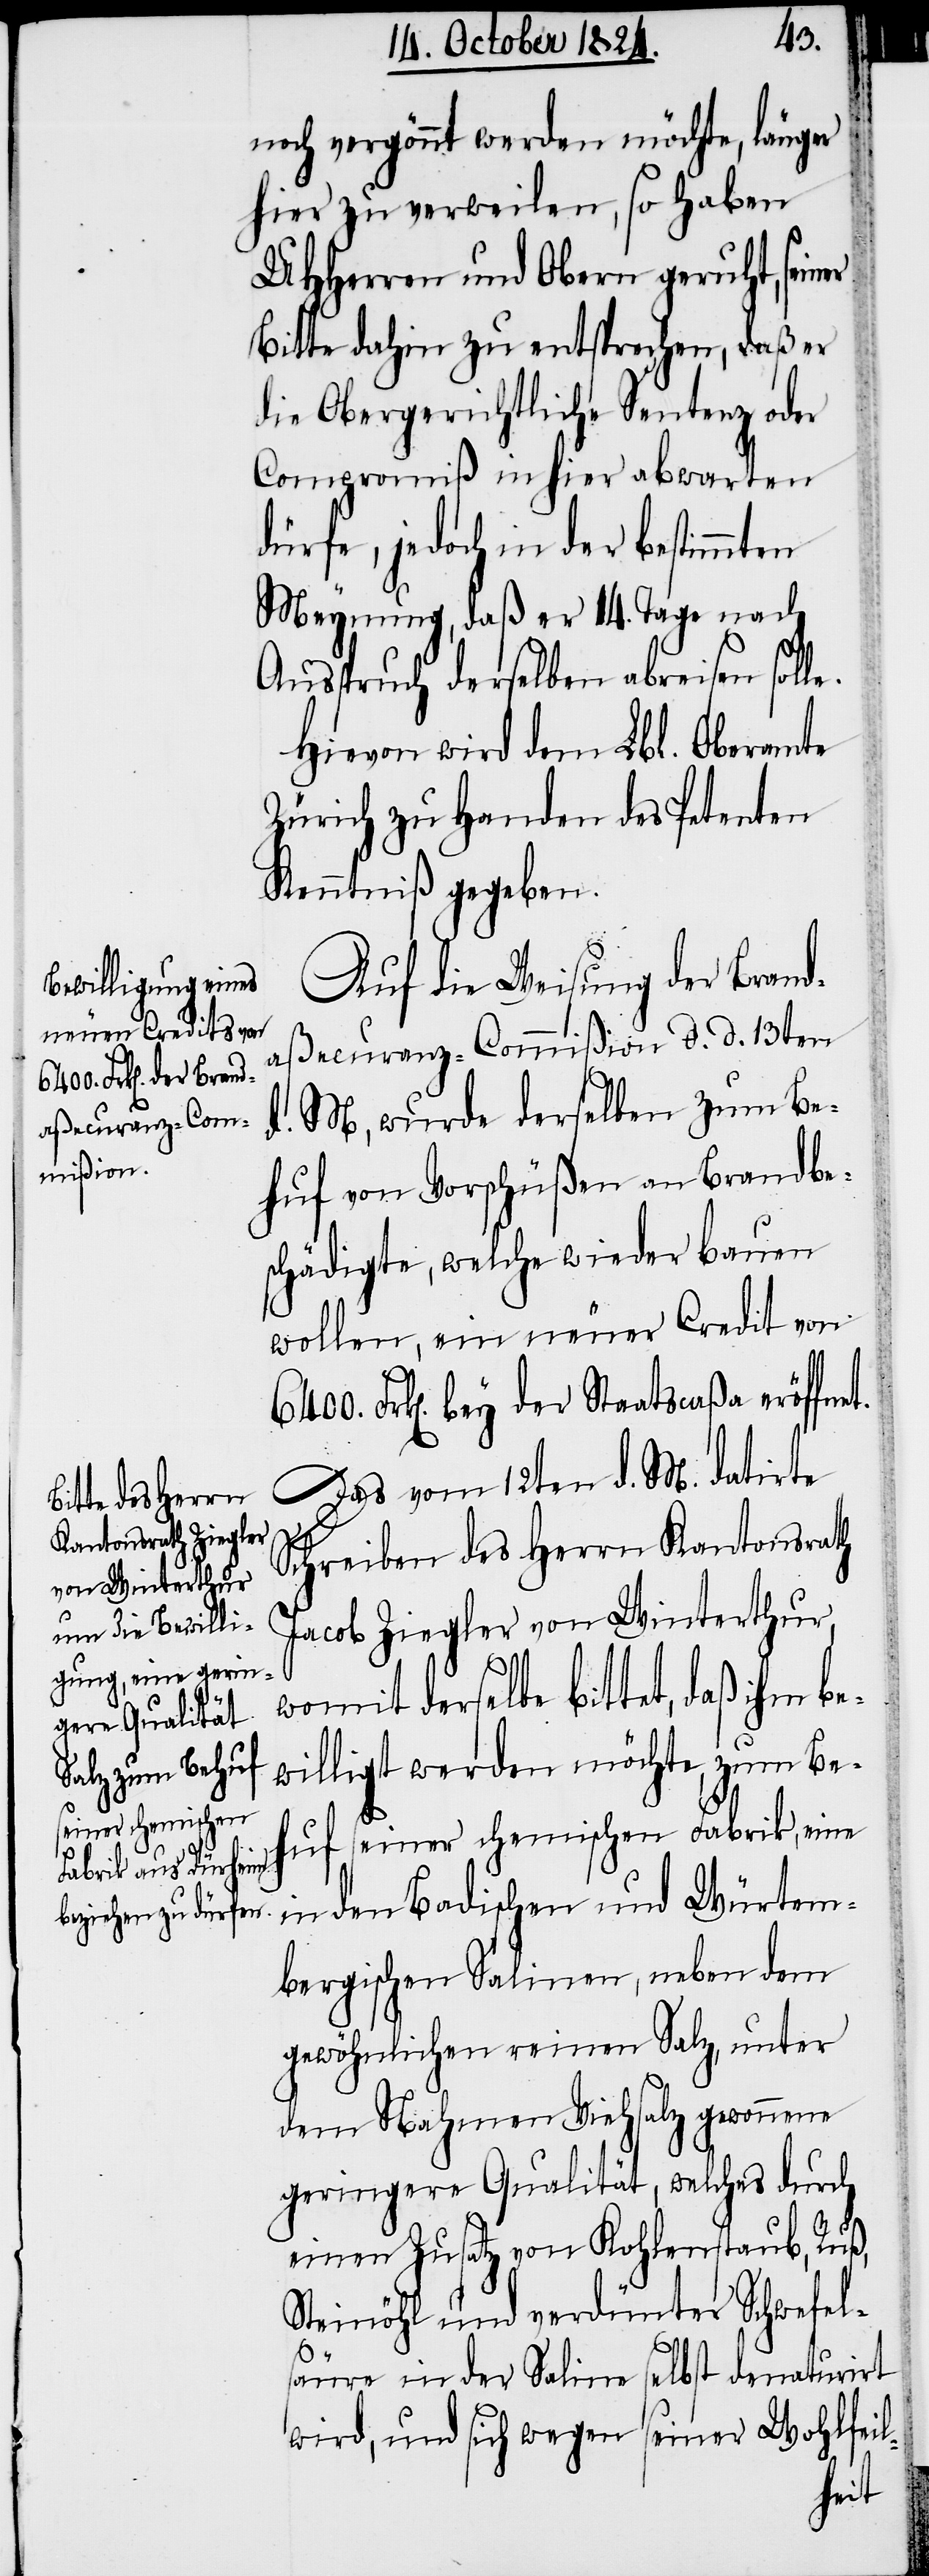
noch vergönnt werden möchte, länger
hier zu verweilen, so haben
UHHerren und Obern geruht, seiner
Bitte dahin zu entsprechen, daß er
die Obergerichtliche Sentenz oder
Compromiß in hier abwarten
dürfe, jedoch in der bestimmten
Meynung, daß er 14. Tage nach
Ausspruch derselben abreisen soll¬
Hievon wird dem Lbl. Oberamte
Zürich zu Handen des Petenten
Kenntniß gegeben.
Auf die Weisung der Brand¬
aßecuranz-Commißion d. d. 13ten
d. M, wurde derselben zum Be¬
huf vom Vorschüßen an Brandbe¬
schädigte, welche wieder bauen
wollen, ein neuer Credit von
Frk[en]. bey der Staatscaßa eröffne¬
Das vom 12ten d. M. datirte
t.
Schreiben des Herrn Kantonsrath
Jacob Ziegler von Winterthur,
e.
womit derselbe bittet, daß ihm be¬
willigt werden möchte, zum Be¬
huf seiner chemischen Fabrik, eine
in den Badischen und Würtem¬
bergischen Salinen, neben dem
gewöhnlichen reinen Salz, unter
dem Nahmen Viehsalz gewonnene
geringere Qualität, welches durch
einen Zusatz von Kohlenstaub, Ruß,
Steinöhl und verdünter Schwefel¬
säure in der Saline selbst denaturirt
wird, und sich wegen seiner Wohlfeil-